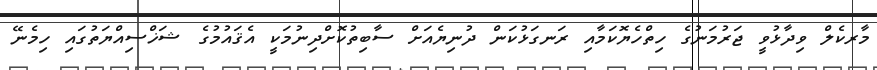
މާރކެލް ވިދާޅުވީ ޖަރުމަނުގެ ހިތްހެޔޮކަމާއި ރަނގަޅުކަން ދުނިޔެއަށް ސާބިތުކޮށްދިނުމަކީ އެޤައުމުގެ ޝަޚްސިއްޔަތުގައި ހިމެނޭ